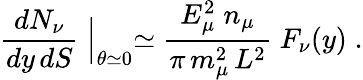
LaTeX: {\frac{dN_{\nu}}{dy\, dS}}\Bigm|_{\theta\simeq 0}\simeq{\frac{E_{\mu}^{2}\; n_{\mu}}{\pi\, m_{\mu}^{2}\, L^{2}}}\; F_{\nu}(y)\; .